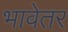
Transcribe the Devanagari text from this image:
भावेतर